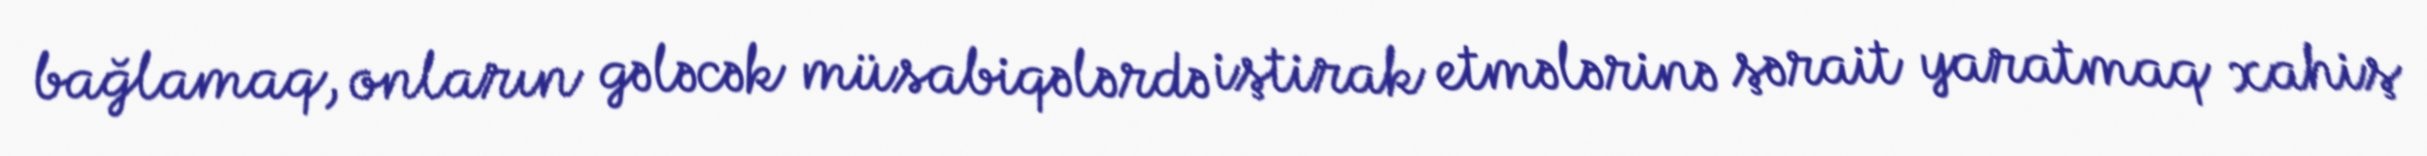
bağlamaq, onların gələcək müsabiqələrdə iştirak etmələrinə şərait yaratmaq xahiş